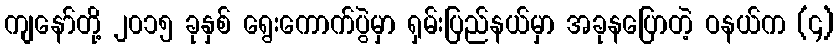
ကျနော်တို့ ၂၀၁၅ ခုနှစ် ရွေးကောက်ပွဲမှာ ရှမ်းပြည်နယ်မှာ အခုနပြောတဲ့ ဝနယ်က (၄)